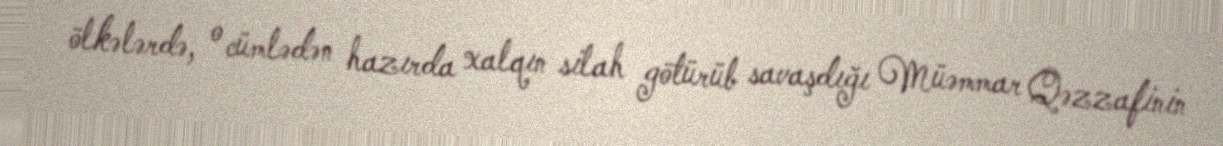
ölkələrdə, o cümlədən hazırda xalqın silah götürüb savaşdığı Müəmmar Qəzzafinin